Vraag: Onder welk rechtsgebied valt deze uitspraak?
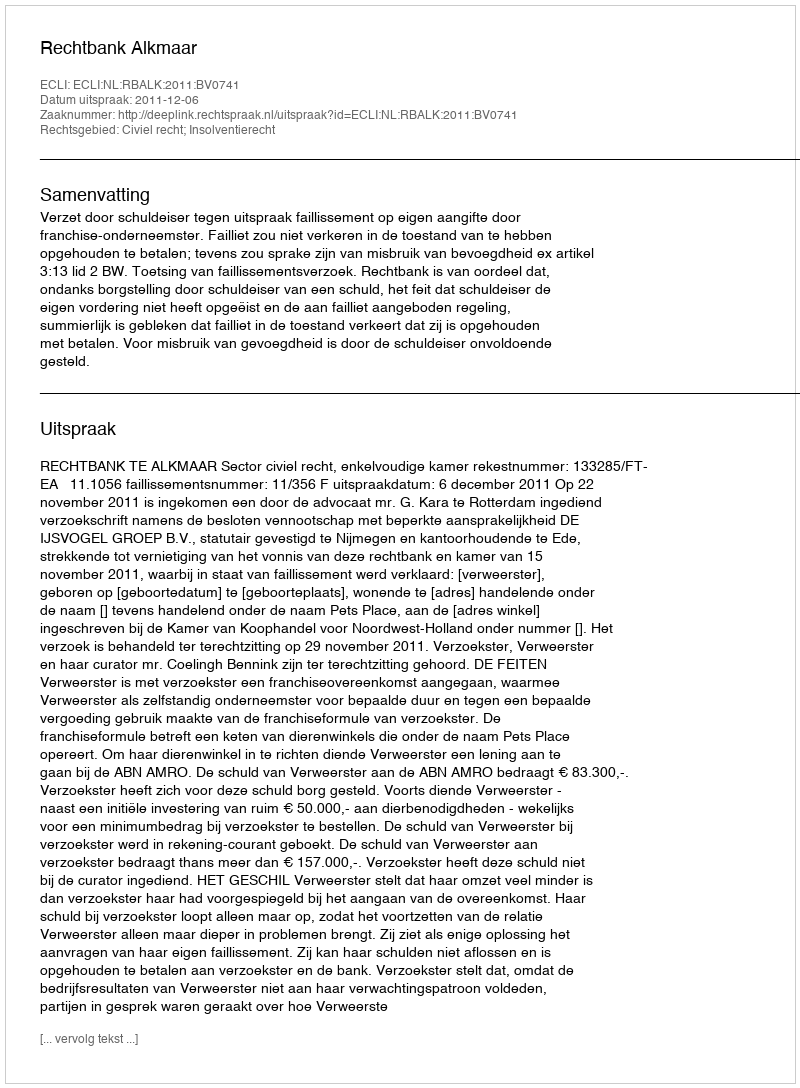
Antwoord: Civiel recht; Insolventierecht